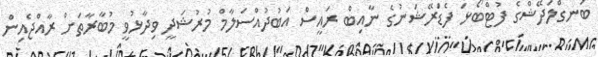
ބަނގްލަދޭޝްގެ ފުޓްބޯޅަ ފެޑަރޭޝަނުގެ ނާއިބް ރައީސް އަބުދުއްސަލާމް މުރުޝަދީ ވިދާޅުވީ މުބާރާތަށް ރާއްޖެއިން